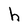
Character: h